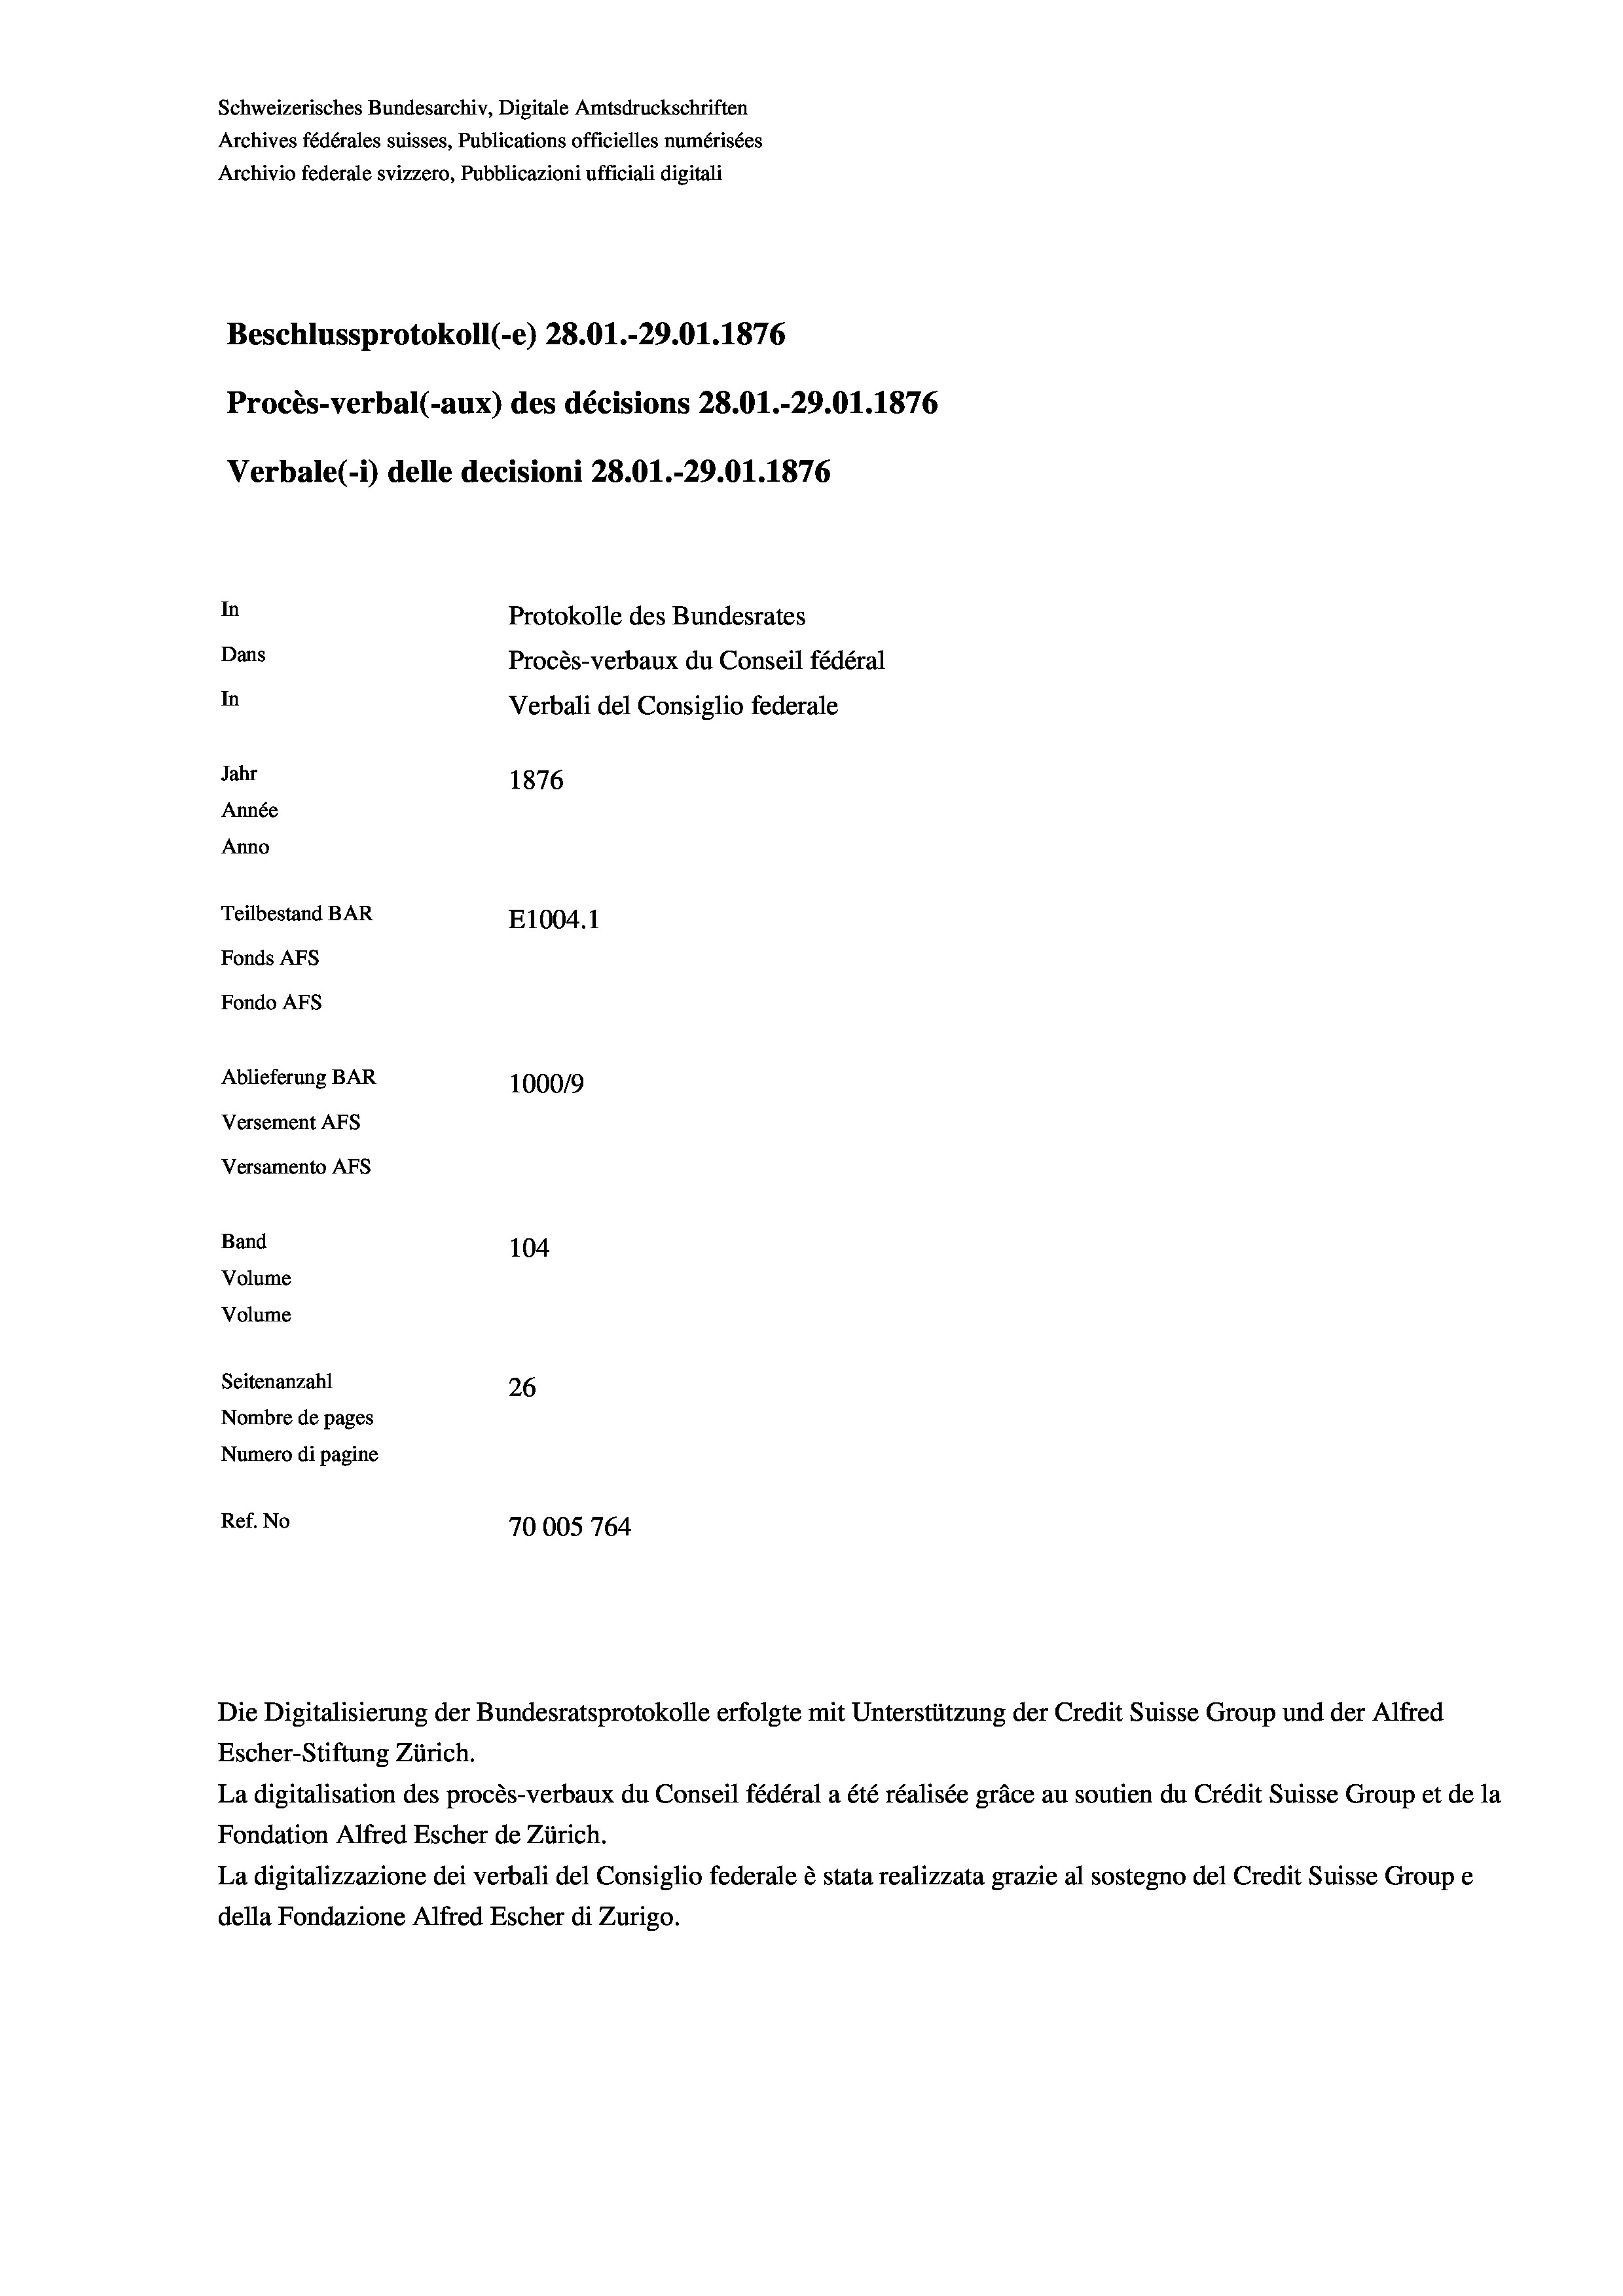
Schweizerisches Bundesarchiv, Digitale Amtsdruckschriften
Archives fédérales suisses, Publications officielles numérisées
Archivio federale svizzero, Pubblicazioni ufficiali digitali
Beschlussprotokoll (e) 28.01.-29.01. 1876
Procès-verbal (-aux) des décisions 28.01.-29.01. 1876
In
Protokolle des Bundesrates
Dans
Procès-verbaux du Conseil fédéral
In
Verbali del Consiglio federale
Jahr
1876
Année
Anno
Teilbestand BAR
E1004.1
Fonds AFs
Fondo Afs
Ablieferung BAR
100019
Versement AFs

Versamento Afs
Band
Volume
Volume

Verbale (i) delle decisioni 28.01.-29.01. 1876

104
Seitenanzahl
26
Nombre de pages
Numero di pagine
Ref. No
70005764

Escher-Stiftung Zürich.
La digitalisation des procès-verbaux du Conseil fédéral a été réalisée gräce au soutien du Crédit Suisse Group et de la
Fondation Alfred Escher de Zürich.
La digitalizzazione dei verbali del Consiglio federale è stata realizzata grazie al sostegno del Credit Suisse Groupe
della Fondazione Alfred Escher di Zurigo.

Die Digitalisierung der Bundesratsprotokolle erfolgte mit Unterstützung der Credit Suisse Group und der Alfred